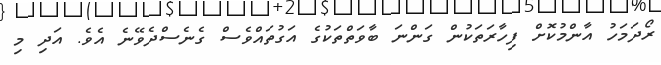
ރޯދަމަހު އާންމުކޮށް ފިހާރަތަކުން ގަންނަ ބާވަތްތަކުގެ އަގުތައްވެސް ގެނެސްދެވޭނެ އެވެ. އަދި މި